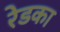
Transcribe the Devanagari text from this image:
रेडका